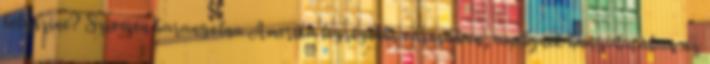
helyszíne? Szívesen barangolna Amerika legrégebbi városában, amelynek hangulatában az